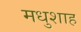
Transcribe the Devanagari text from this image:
मधुशाह